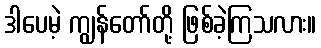
ဒါပေမဲ့ ကျွန်တော်တို့ ဖြစ်ခဲ့ကြသလား။